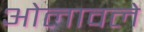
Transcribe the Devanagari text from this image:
ओलावले